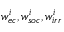
w _ { e c } ^ { i } , w _ { s o c } ^ { i } , w _ { i r r } ^ { i }